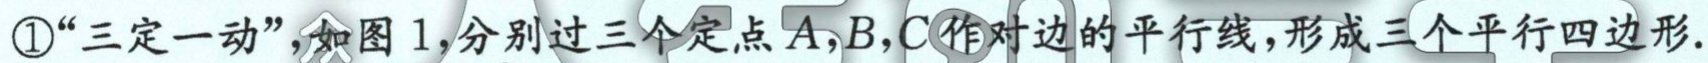
\textcircled{1}“三定一动”，如图 1，分别过三个定点 \(A,B,C\)作对边的平行线，形成三个平行四边形.